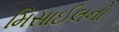
મિસાઈલનો